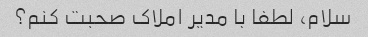
سلام، لطفا با مدیر املاک صحبت کنم؟